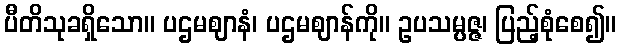
ပီတိသုခရှိသော။ ပဌမဈာနံ၊ ပဌမဈာန်ကို။ ဥပသမ္ပဇ္ဇ၊ ပြည့်စုံစေ၍။